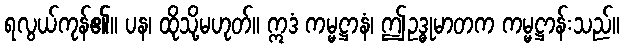
ရလွယ်ကုန်၏။ ပန၊ ထိုသို့မဟုတ်။ ဣဒံ ကမ္မဋ္ဌာနံ၊ ဤဥဒ္ဓုမာတက ကမ္မဋ္ဌာန်းသည်။